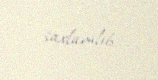
saxlanılıb.